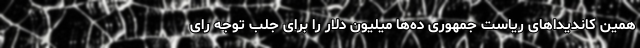
همین کاندیداهای ریاست جمهوری ده‌ها میلیون دلار را برای جلب توجه رای